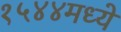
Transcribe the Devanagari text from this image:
१५४४मध्ये